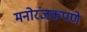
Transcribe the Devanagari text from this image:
मनोरंजकपणे